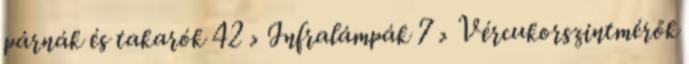
párnák és takarók 42 › Infralámpák 7 › Vércukorszintmérők